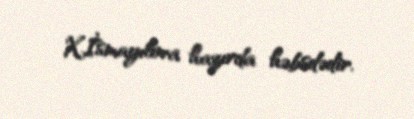
X.İsmayılova hazırda həbsdədir.